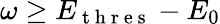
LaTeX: \omega\geq E_{\mathrm{~t~h~r~e~s~}}-E_{0}